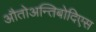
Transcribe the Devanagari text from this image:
औतोअन्तिबोदिएस